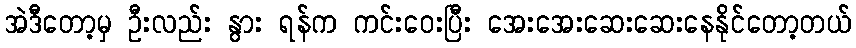
အဲဒီတော့မှ ဦးလည်း နွား ရန်က ကင်းဝေးပြီး အေးအေးဆေးဆေးနေနိုင်တော့တယ်